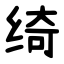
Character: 绮